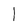
Character: l